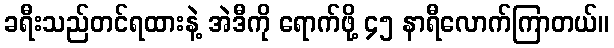
ခရီးသည်တင်ရထားနဲ့ အဲဒီကို ရောက်ဖို့ ၄၅ နာရီလောက်ကြာတယ်။